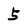
Character: 5